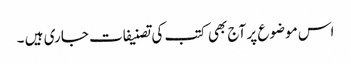
اس موضوع پر آج بھی کتب کی تصنیفات جاری ہیں ۔